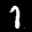
Label: 1